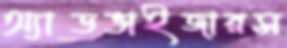
অ্যাডভাইজারস